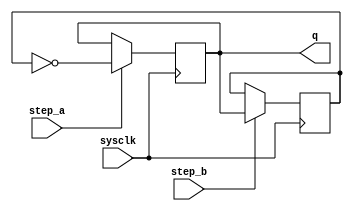
`define default_netname none
`default_nettype none
////////////////////////////////////////////////////////////////////////
// 
// 4004 Counter sub-module
// 
// This file is part of the MCS-4 project hosted at OpenCores:
//      http://www.opencores.org/cores/mcs-4/
// 
// Copyright 2012 by Reece Pollack <rrpollack@opencores.org>
// 
// These materials are provided under the Creative Commons
// "Attribution-NonCommercial-ShareAlike" Public License. They
// are NOT "public domain" and are protected by copyright.
// 
// This work based on materials provided by Intel Corporation and
// others under the same license. See the file doc/License for
// details of this license.
//
////////////////////////////////////////////////////////////////////////

module counter(
	input  wire	sysclk,
	input  wire	step_a,
	input  wire	step_b,
	output reg	q = 1'b0
	);

	reg q_n = 1'b1;
	always @(posedge sysclk) begin
		if (step_a)	q <= ~q_n;
		if (step_b) q_n <= q;
	end

endmodule